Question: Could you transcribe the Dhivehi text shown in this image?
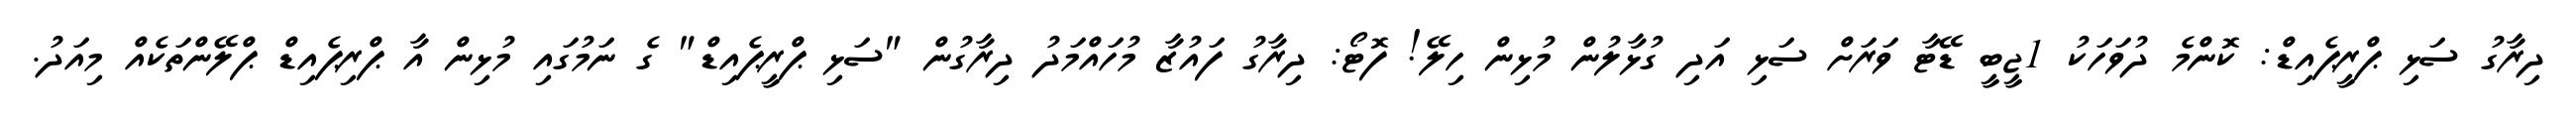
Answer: ދިރާގު ސަޅި ޕްރީޕެއިޑް: ކޮންމެ ދުވަހަކު 1ޖީބީ ޑޭޓާ ވަރަށް ސަޅި އަދި ގުޅާލުން މުޅިން ހިލޭ! ފޮޓޯ: ދިރާގު ފައުޒާ މުހައްމަދު ދިރާގުން "ސަޅި ޕްރީޕެއިޑް" ގެ ނަމުގައި މުޅިން އާ ޕްރިޕެއިޑް ޕްލޭންތަކެއް މިއަދު.